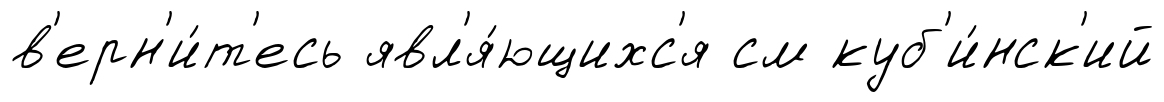
в'ерн'и́т'есь явл'я́ющихс'я см куб'и́нск'ий